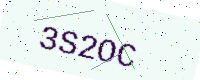
Text: 3S2OC